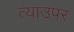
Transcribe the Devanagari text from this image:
त्याउपर